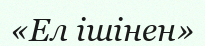
«Ел ішінен»